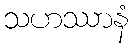
သဟဿာနံ